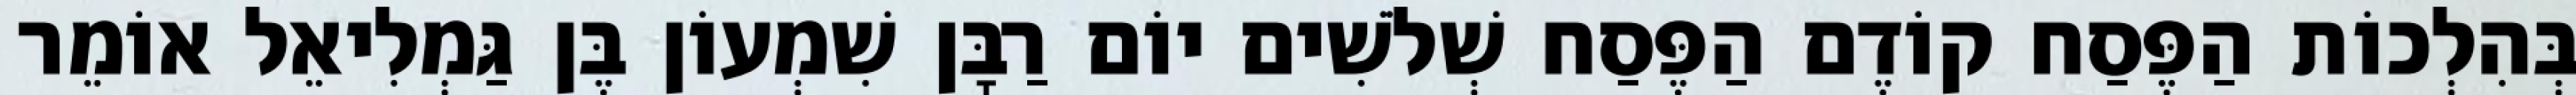
בְּהִלְכוֹת הַפֶּסַח קוֹדֶם הַפֶּסַח שְׁלֹשִׁים יוֹם רַבָּן שִׁמְעוֹן בֶּן גַּמְלִיאֵל אוֹמֵר